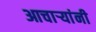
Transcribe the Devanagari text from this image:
आचार्‍यांनी